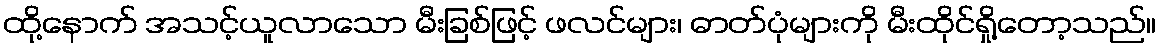
ထို့နောက် အသင့်ယူလာသော မီးခြစ်ဖြင့် ဖလင်များ၊ ဓာတ်ပုံများကို မီးထိုင်ရှို့တော့သည်။